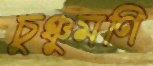
চুঞ্চুমণি